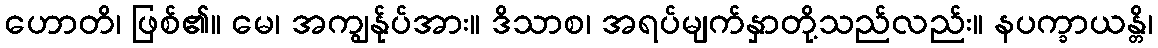
ဟောတိ၊ ဖြစ်၏။ မေ၊ အကျွန်ုပ်အား။ ဒိသာစ၊ အရပ်မျက်နှာတို့သည်လည်း။ နပက္ခာယန္တိ၊